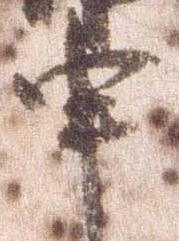
申